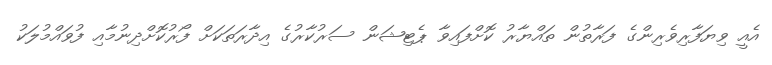
އެއީ ވިޔަފާރިވެރިންގެ ފަރާތުން ތައްޔާރު ކޮށްފައިވާ ޕެޓިޝަން ސަރުކާރުގެ އިދާރަތަކަށް ފޯރުކޮށްދިނުމާއި ފުވައްމުލަކު